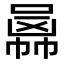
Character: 𠚙